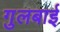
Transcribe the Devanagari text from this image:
गुलबाई